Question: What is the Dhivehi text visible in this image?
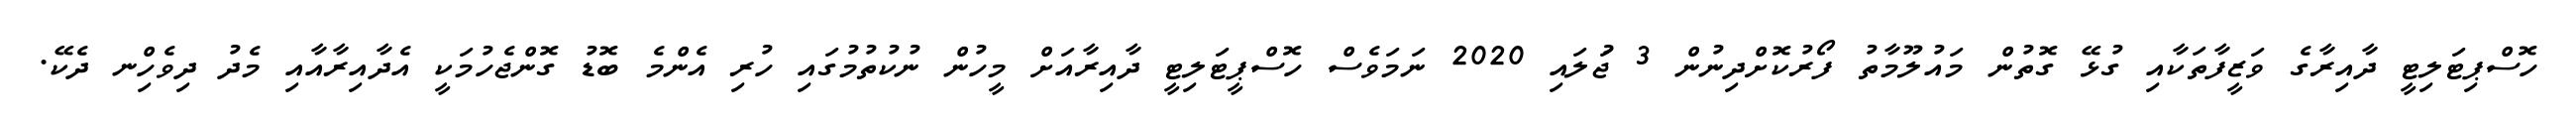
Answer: ހޮސްޕިޓަލިޓީ ދާއިރާގެ ވަޒީފާތަކާއި ގުޅޭ ގޮތުން މައުލޫމާތު ފޯރުކޮށްދިނުން 3 ޖުަލައި 2020 ނަމަވެސް ހޮސްޕީޓަލިޓީ ދާއިރާއަށް މީހުން ނުކުތުމުގައި ހުރި އެންމެ ބޮޑު ގޮންޖެހުމަކީ އެދާއިރާއާއި މެދު ދިވެހިްނ ދެކޭ.